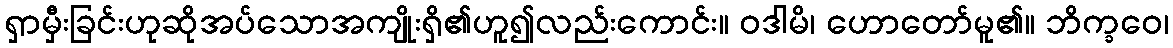
ရှာမှီးခြင်းဟုဆိုအပ်သောအကျိုးရှိ၏ဟူ၍လည်းကောင်း။ ဝဒါမိ၊ ဟောတော်မူ၏။ ဘိက္ခဝေ၊